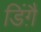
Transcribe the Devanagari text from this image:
डिंग़ै